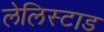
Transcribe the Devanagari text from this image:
लेलिस्टाड